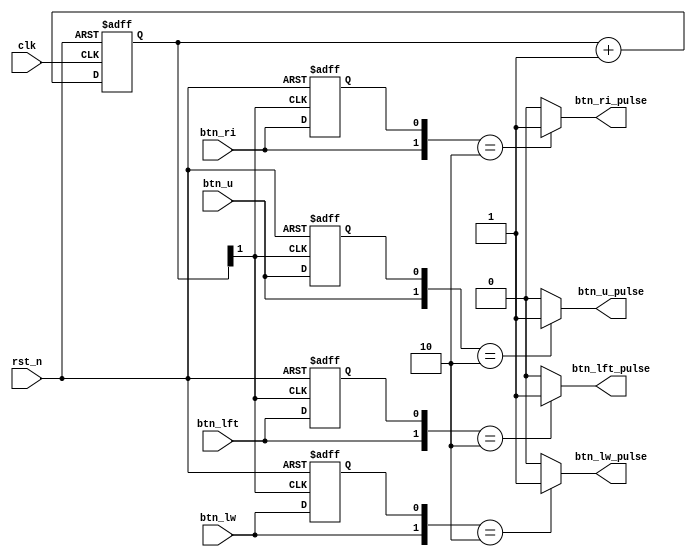
module one_shot_pulse (
    input  rst_n,
    input  clk,
    input  btn_u,
    input  btn_lw,
    input  btn_lft,
    input  btn_ri,
    output btn_u_pulse,
    output btn_lw_pulse,
    output btn_lft_pulse,
    output btn_ri_pulse
);

    reg [15:0] count;
    //===========================
    //	 Frequency Division
    //===========================
    //100MHz -> 25MHz
    always @(posedge clk or negedge rst_n) begin
        if (!rst_n) count <= 0;
        else count <= count + 1;
    end
    wire clk_25 = count[1];

    //===========================
    //	 One_shot_pulse
    //===========================
    reg  btn_u_press_flag;
    reg  btn_lw_press_flag;
    reg  btn_lft_press_flag;
    reg  btn_ri_press_flag;

    //One pulse shot generator for btns
    always @(posedge clk_25 or negedge rst_n) begin
        if (!rst_n) begin
            // btn_c_press_flag <= 0;
            btn_u_press_flag   <= 0;
            btn_lw_press_flag  <= 0;
            btn_lft_press_flag <= 0;
            btn_ri_press_flag  <= 0;
        end else begin
            // btn_c_press_flag <= btn_c;
            btn_u_press_flag   <= btn_u;
            btn_lw_press_flag  <= btn_lw;
            btn_lft_press_flag <= btn_lft;
            btn_ri_press_flag  <= btn_ri;
        end
    end

    assign btn_u_pulse   = {btn_u, btn_u_press_flag} == 2'b10 ? 1 : 0;
    assign btn_lw_pulse  = {btn_lw, btn_lw_press_flag} == 2'b10 ? 1 : 0;
    assign btn_lft_pulse = {btn_lft, btn_lft_press_flag} == 2'b10 ? 1 : 0;
    assign btn_ri_pulse  = {btn_ri, btn_ri_press_flag} == 2'b10 ? 1 : 0;


endmodule